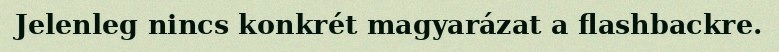
Jelenleg nincs konkrét magyarázat a flashbackre.